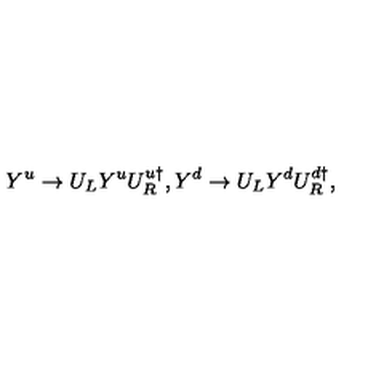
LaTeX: Y ^ { u } \rightarrow U _ { L } Y ^ { u } U _ { R } ^ { u \dagger } , Y ^ { d } \rightarrow U _ { L } Y ^ { d } U _ { R } ^ { d \dagger } ,